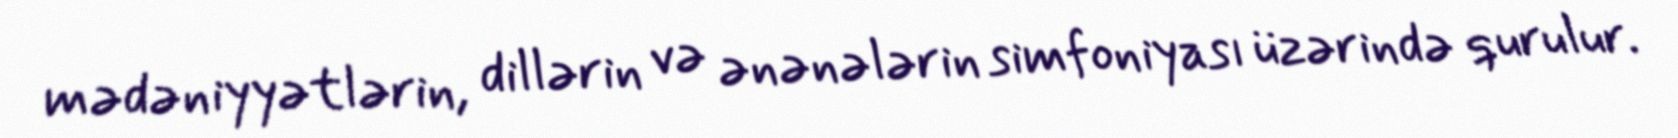
mədəniyyətlərin, dillərin və ənənələrin simfoniyası üzərində qurulur.